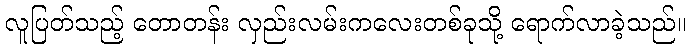
လူပြတ်သည့် တောတန်း လှည်းလမ်းကလေးတစ်ခုသို့ ရောက်လာခဲ့သည်။